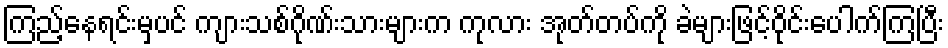
ကြည့်နေရင်းမှပင် ကျားသစ်ဂိုဏ်းသားများက ကုလား အုတ်တပ်ကို ခဲများဖြင့်ဝိုင်းပေါက်ကြပြီး